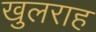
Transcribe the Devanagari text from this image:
खुलराह